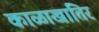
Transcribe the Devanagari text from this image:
काळाखातिर